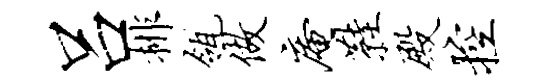
吕排瓴做庵鞋殿控